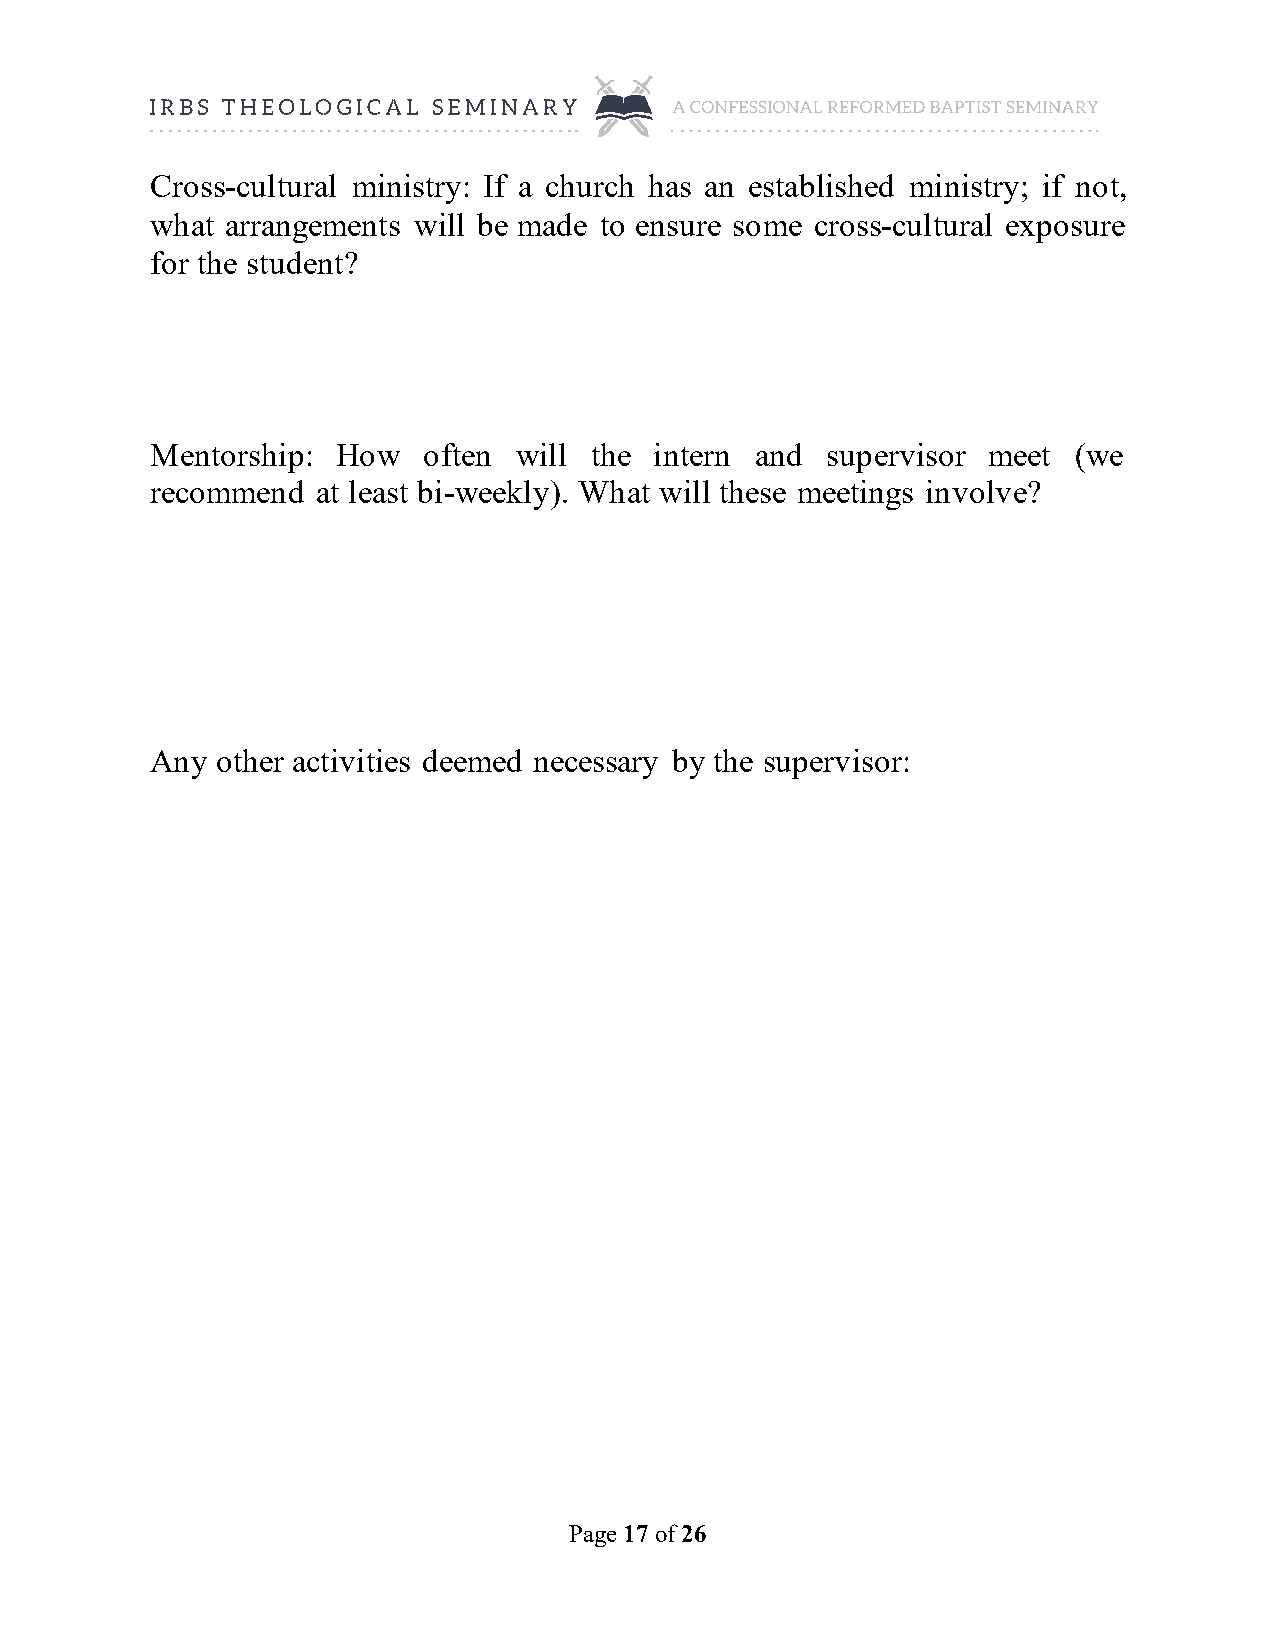
Cross-cultural ministry: If a church has an established ministry; if not,
 what arrangements will be made to ensure some cross-cultural exposure
 for the student?
 Mentorship: How   often will the intern and  supervisor meet (we
 recommend  at least bi-weekly). What will these meetings involve?
 Any other activities deemed necessary by the supervisor:
 Page 17 of 26